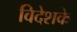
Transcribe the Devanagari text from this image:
विदेशके